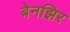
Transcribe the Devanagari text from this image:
बेनझिर